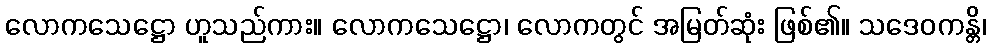
လောကသေဋ္ဌော ဟူသည်ကား။ လောကသေဋ္ဌော၊ လောကတွင် အမြတ်ဆုံး ဖြစ်၏။ သဒေဝကန္တိ၊